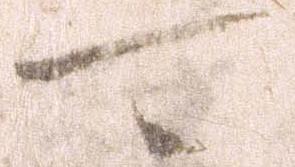
可